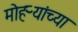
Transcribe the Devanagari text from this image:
मोहऱ्यांच्या